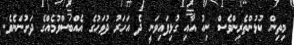
މިތިން ކުޅުންތެރިންވެސް ނިއު އާއި ގުޅިފައިވަނީ ދެ އަހަރު ދުވަހުގެ އެއްބަސްވުމެއްގެ ދަށުންނެވެ.